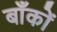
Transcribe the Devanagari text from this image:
बाँकों